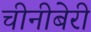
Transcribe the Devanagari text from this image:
चीनीबेरी